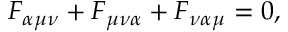
F _ { \alpha \mu \nu } + F _ { \mu \nu \alpha } + F _ { \nu \alpha \mu } = 0 ,